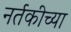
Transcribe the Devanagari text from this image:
नर्तकीच्या